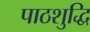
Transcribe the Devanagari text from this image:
पाठशुद्धि